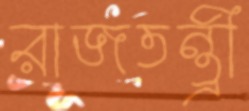
রাজতন্ত্রী